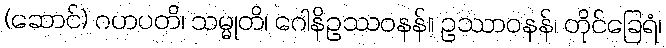
(ဆောင်) ဂဟပတိ၊ သမ္မုတိ၊ ဂေါနိဥဿဝနန်။ ဥဿာဝနန်၊ တိုင်ခြေရံ၊